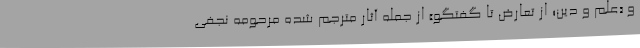
و «علم و دین؛ از تعارض تا گفتگو» از جمله آثار مترجم شده مرحومه نجفی